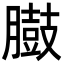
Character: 臌